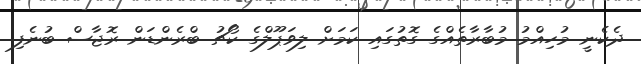
ދެކެނީ މުހިއްމު މުބާރާތެއްގެ ގޮތުގައި ކަމަށް ލިވަޕޫލްގެ ކޯޗު ބްރެންޑަން ރޮޖާސް ބުނެފި